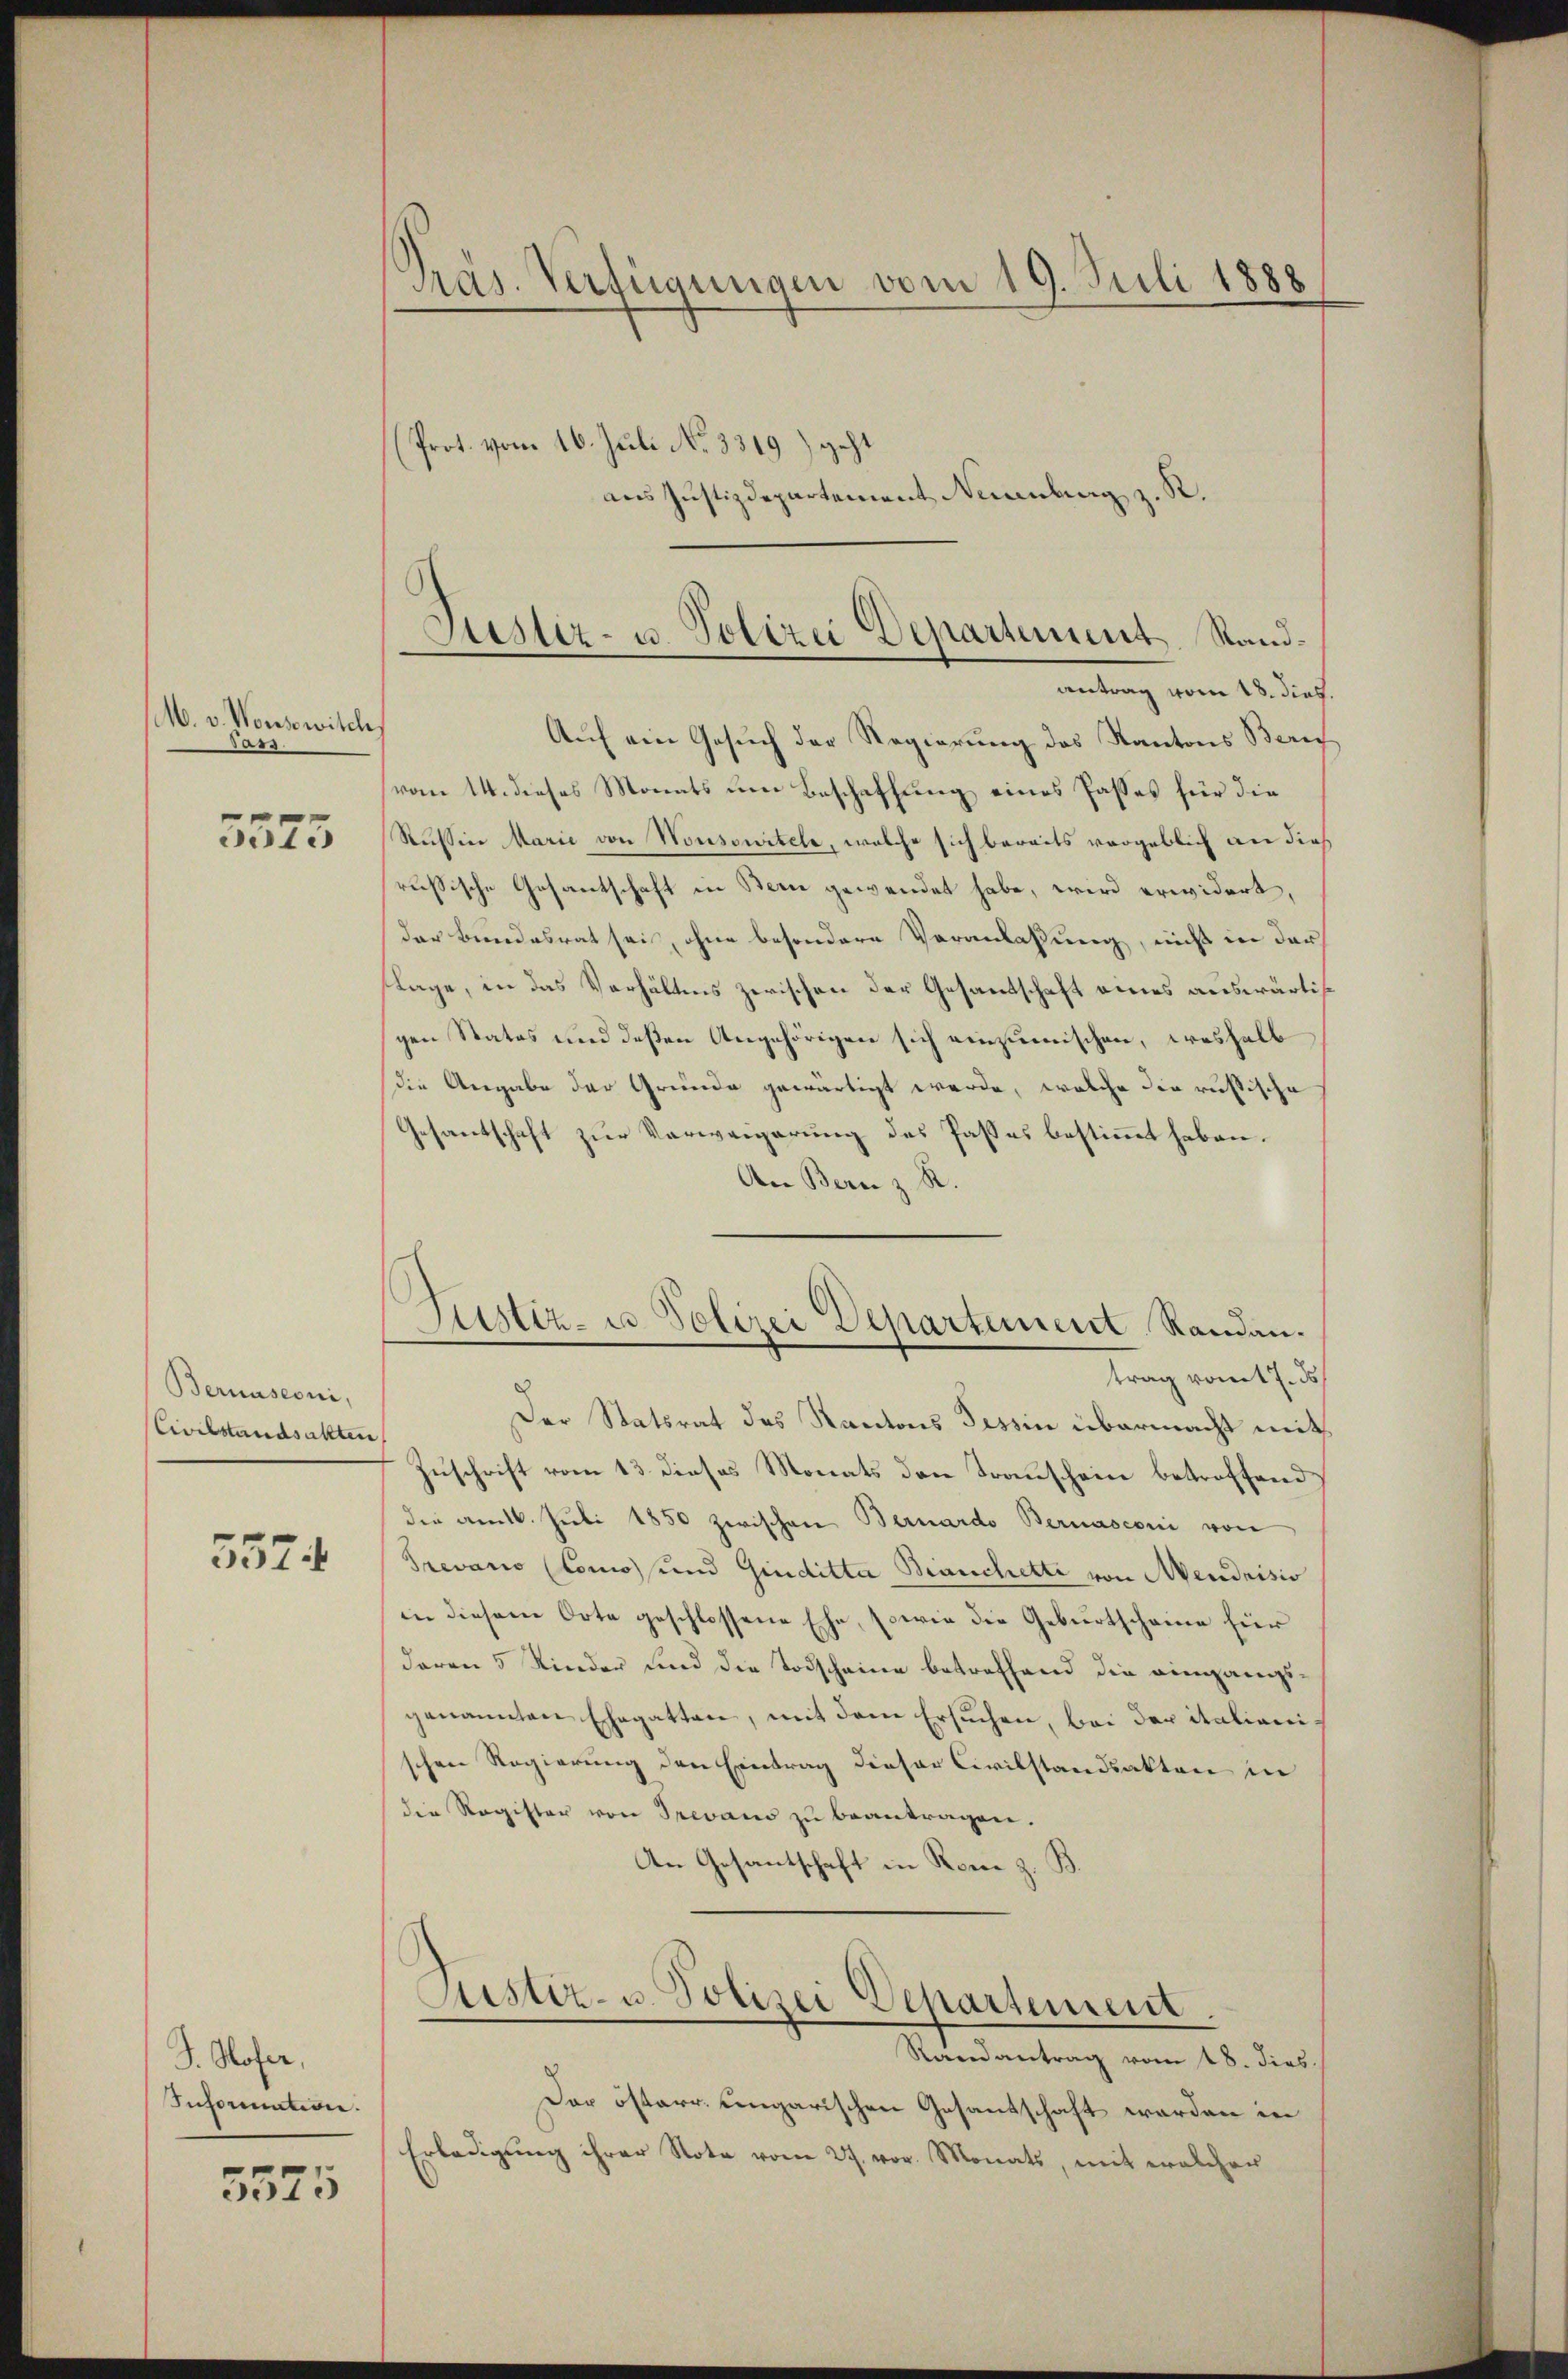
M. v. Wonswitch

5573

Bernasconi,
Civilstandsakten

3574

S. Hofer,
Inhornation.

3525

Präs. Verfügungen vom 19. Juli 1888
Prot. vom 16. Juli No 3319) geht
aus Justizdepartement Nennung z.

e
Justiz- u. Polizei Departement, Standantrag vom 18. dies.

Justiz- u Polizei Departement Randantrag vom 7. ds

Auf ein Gesuch der Regierung des Kantons Beruf
vom 14. dieses Monats um Beschaffung eines Passes für die
Russin Marie von Nousowitele, welche sich bereits vergeblich an dies
rußische Gesantschaft in Stein gewendet habe, wird erwidert,
der Bundesrat sei, ohne besondere Veranlassung, nicht in durch
flage, in das Verhältnis zerischen der Gesandschaft eines auswärtiggen Statos und deßen Angehörigen sich einzumischen, weshalb
die Angabe der Gründe gewärtigt werde, welche die russische
Gesantschaft zur Verweigerung des Passes bestimmt haben.
An Bern z. R.

Der Statsrat des Kantons Tessin übermacht mit
Zuschrift vom 13. dieses Monats den Trauschein betroffend
die amtl. Juli 1850 zwischen Bernardo Bernasconi von
revano (Como und Giuditta Bianchette von Mendrisio
in diesem Orte geschlossene Ehe, sowie die Geburtscheine für
daran 5 Kinder und die Todscheine betreffend die eingangsgenannten Ehegatten, mit dem Ersuchen, bei der italianischen Regierung den Eintrag dieser Civilstandsakten in
die Register von Trevano zu beantragen.
An Gesantschaft in Rom z. B.

Sistiz- u. Polizei Departement.

Randantrag vom 18. dies
Dar österr. ungarischen Gesandschaft werden in
Erledigung ihrer Note vom 27. vor. Monats, mit welcher